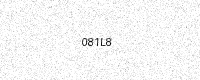
Text: 081L8